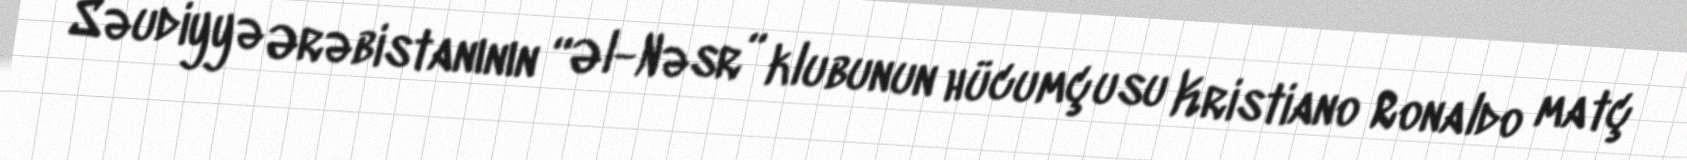
Səudiyyə Ərəbistanının “Əl-Nəsr” klubunun hücumçusu Kristiano Ronaldo matç